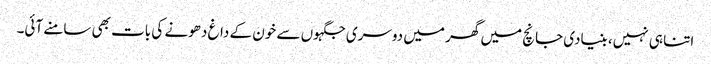
اتنا ہی نہیں، بنیادی جانچ میں گھر میں دوسری جگہوں سے خون کے داغ دھونے کی بات بھی سامنے آئی۔